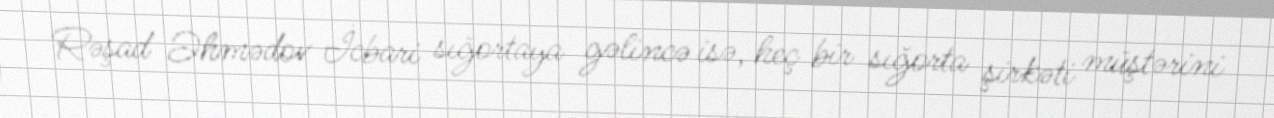
Rəşad Əhmədov İcbari sığortaya gəlincə isə, heç bir sığorta şirkəti müştərini